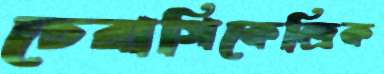
চেরাগিকেন্দ্রিক